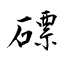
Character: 磦